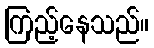
ကြည့်နေသည်။